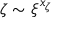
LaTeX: \zeta \sim \xi ^ { x _ { \zeta } }